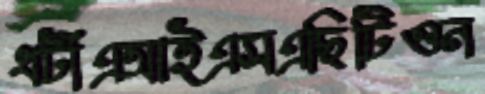
ধটীএআইএসএছিটিওন